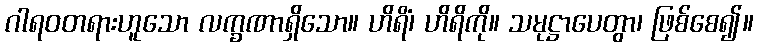
ဂါရဝတရားဟူသော လက္ခဏာရှိသော။ ဟိရိံ၊ ဟိရိကို။ သမုဋ္ဌာပေတွာ၊ ဖြစ်စေ၍။